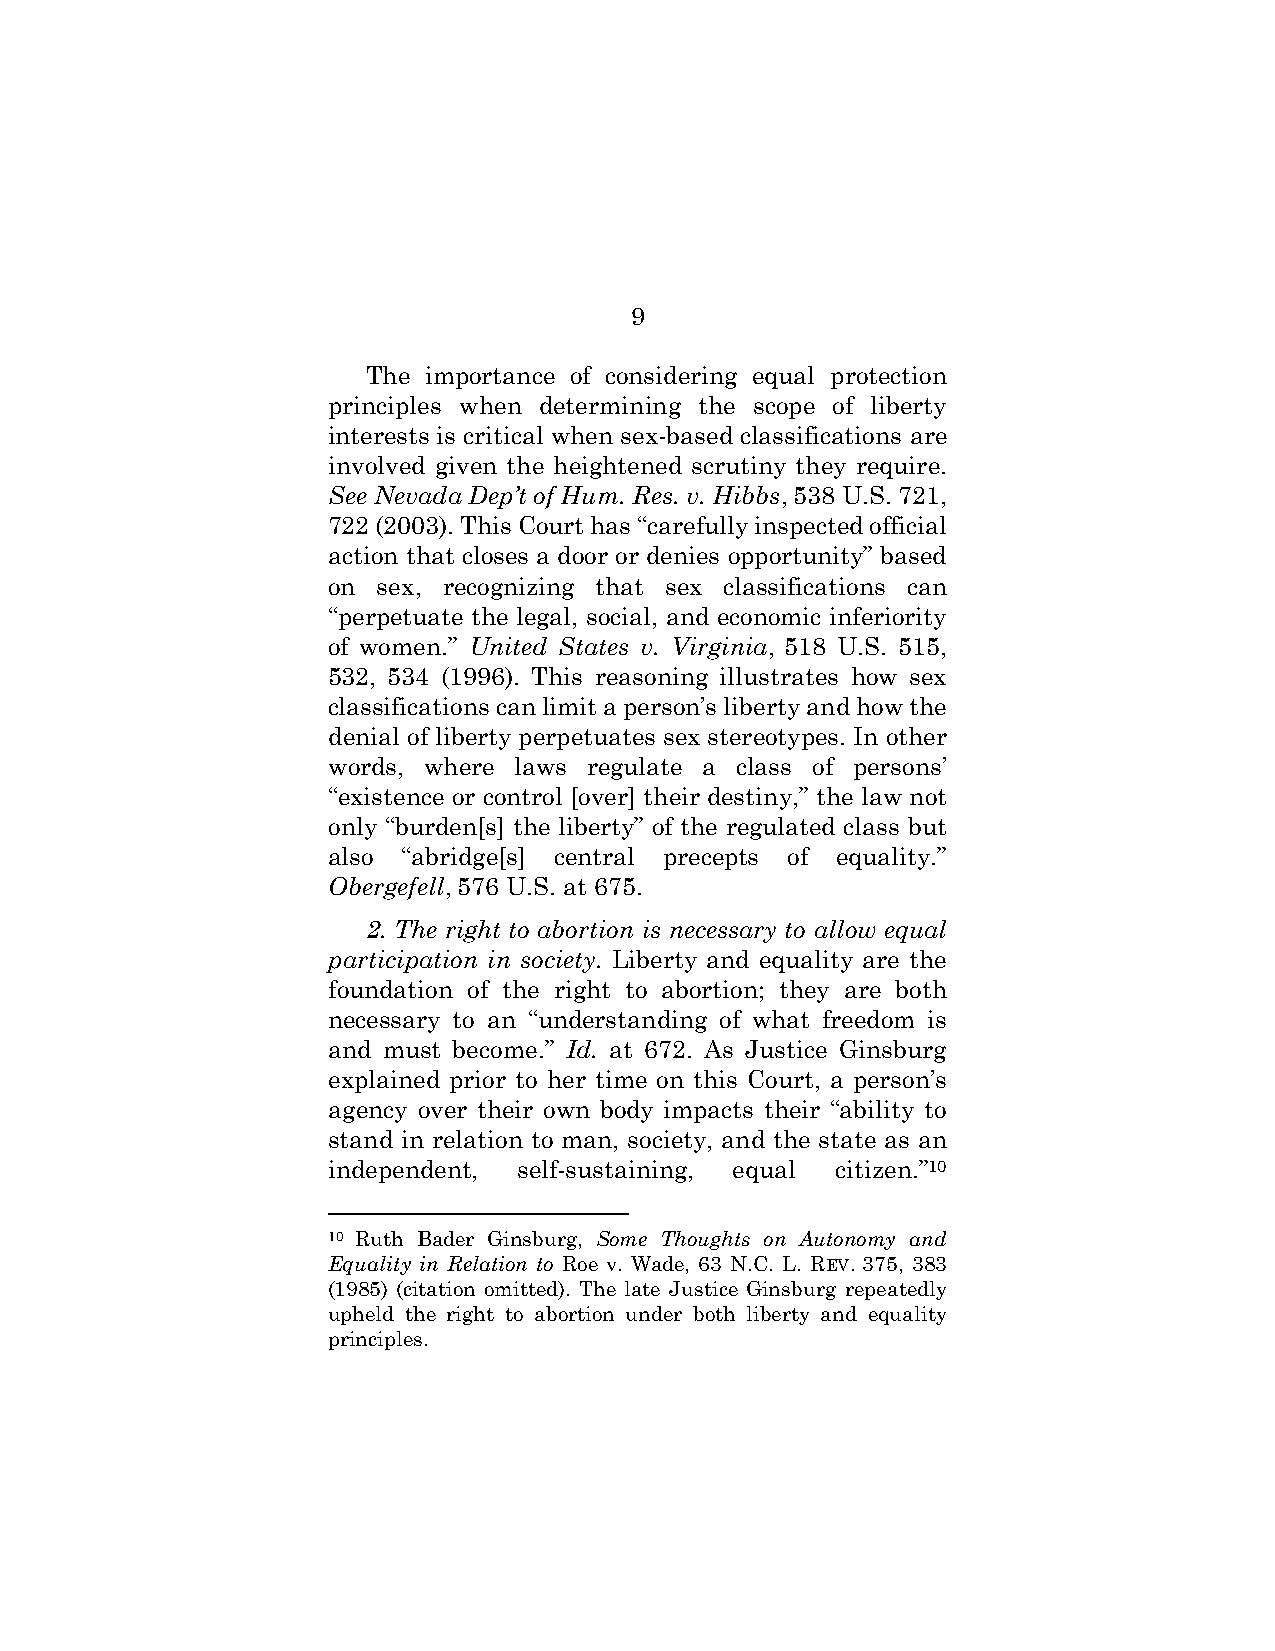
9
 The importance of considering equal protection
 principles when determining the scope of liberty
 interests is critical when sex-based classifications are
 involved given the heightened scrutiny they require.
 See Nevada Dep’t of Hum. Res. v. Hibbs, 538 U.S. 721,
 722 (2003). This Court has “carefully inspected official
 action that closes a door or denies opportunity” based
 on sex, recognizing that sex classifications can
 “perpetuate the legal, social, and economic inferiority
 of women.” United States v. Virginia, 518 U.S. 515,
 532, 534 (1996). This reasoning illustrates how sex
 classifications can limit a person’s liberty and how the
 denial of liberty perpetuates sex stereotypes. In other
 words, where laws regulate a class of persons’
 “existence or control [over] their destiny,” the law not
 only “burden[s] the liberty” of the regulated class but
 also “abridge[s] central precepts of equality.”
 Obergefell, 576 U.S. at 675.
 2. The right to abortion is necessary to allow equal
 participation in society. Liberty and equality are the
 foundation of the right to abortion; they are both
 necessary to an “understanding of what freedom is
 and must become.” Id. at 672. As Justice Ginsburg
 explained prior to her time on this Court, a person’s
 agency over their own body impacts their “ability to
 stand in relation to man, society, and the state as an
 independent, self-sustaining, equal citizen.”10
 10 Ruth Bader Ginsburg, Some Thoughts on Autonomy and
 Equality in Relation to Roe v. Wade, 63 N.C. L. REV. 375, 383
 (1985) (citation omitted). The late Justice Ginsburg repeatedly
 upheld the right to abortion under both liberty and equality
 principles.